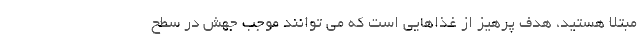
مبتلا هستید، هدف پرهیز از غذاهایی است که می توانند موجب جهش در سطح